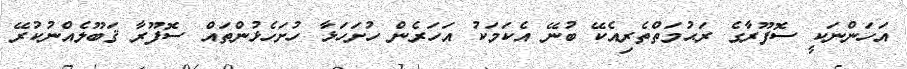
އަހަންނަކީ ސޮފޫރާގެ ރަޙުމަތްތެރިއެކޭ ބުނޭ އެކަމަކު އަހަރެން ހުށަހަޅާ ހުށަހެޅުންތައް ސޮފޫރާ ޤަބޫލެއްނުކުރޭ